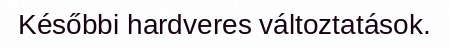
Későbbi hardveres változtatások.